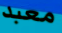
معبد